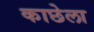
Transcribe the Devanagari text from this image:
काछेला